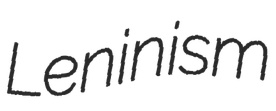
Leninism